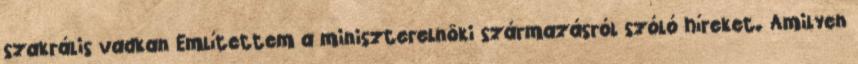
szakrális vadkan Említettem a miniszterelnöki származásról szóló híreket. Amilyen